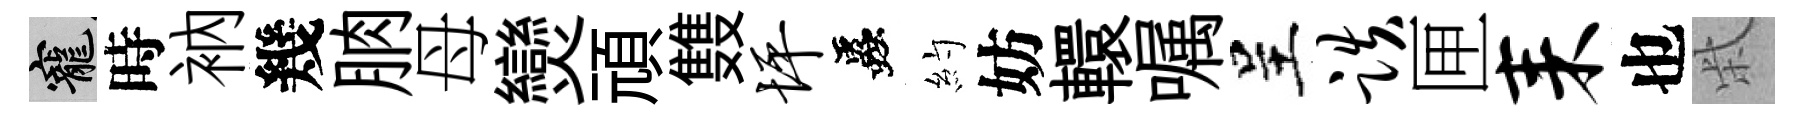
寵時衲幾朒母𤓖頑䨇坪蟲約妨轘嘱呈跌匣耒也柴